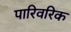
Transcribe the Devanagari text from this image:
पारिवरिक